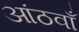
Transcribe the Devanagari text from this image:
आंठवाँ